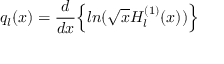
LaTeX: q _ { l } ( x ) = \frac { d } { d x } \Bigl \{ l n ( \sqrt { x } H _ { l } ^ { ( 1 ) } ( x ) ) \Bigl \}